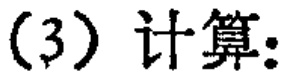
(3) 计算：